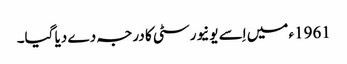
1961ء میں اِسے یونیورسٹی کا درجہ دے دیا گیا۔